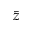
\Bar { z }